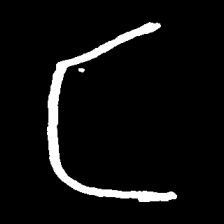
Pyu character \u2014 Myanmar letter: င (romanized: nga)